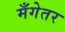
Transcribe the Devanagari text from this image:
मँगेतर